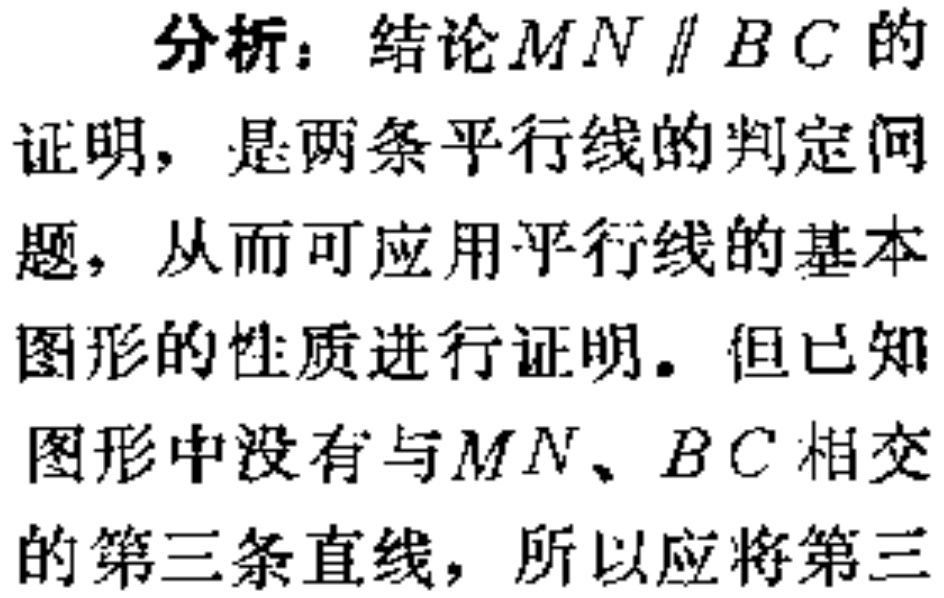
分析：结论\(MN\parallel BC\)的
证明，是两条平行线的判定问
题，从而可应用平行线的基本
图形的性质进行证明。但已知
图形中没有与\(MN、BC\)相交
的第三条直线，所以应将第三